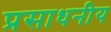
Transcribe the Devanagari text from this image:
प्रसाधनीय